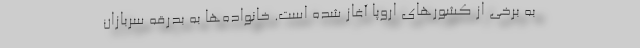
به برخی از کشورهای اروپا آغاز شده است. خانواده‌ها به بدرقه سربازان